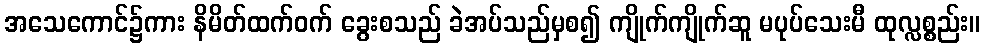
အသေကောင်၌ကား နိမိတ်ထက်ဝက် ခွေးစသည် ခဲအပ်သည်မှစ၍ ကျိုက်ကျိုက်ဆူ မပုပ်သေးမီ ထုလ္လစ္စည်း။